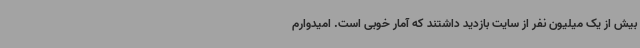
بیش از یک میلیون نفر از سایت بازدید داشتند که آمار خوبی است. امیدوارم